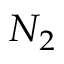
N _ { 2 }